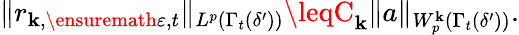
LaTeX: \| r_{\mathbf{k},\ensuremath{{\varepsilon}},t}\| _{L^{p}(\Gamma_{t}(\delta^{\prime}))}\leqC_{\mathbf{k}}\| a\| _{W_{p}^{\mathbf{k}}(\Gamma_{t}(\delta^{\prime}))}.